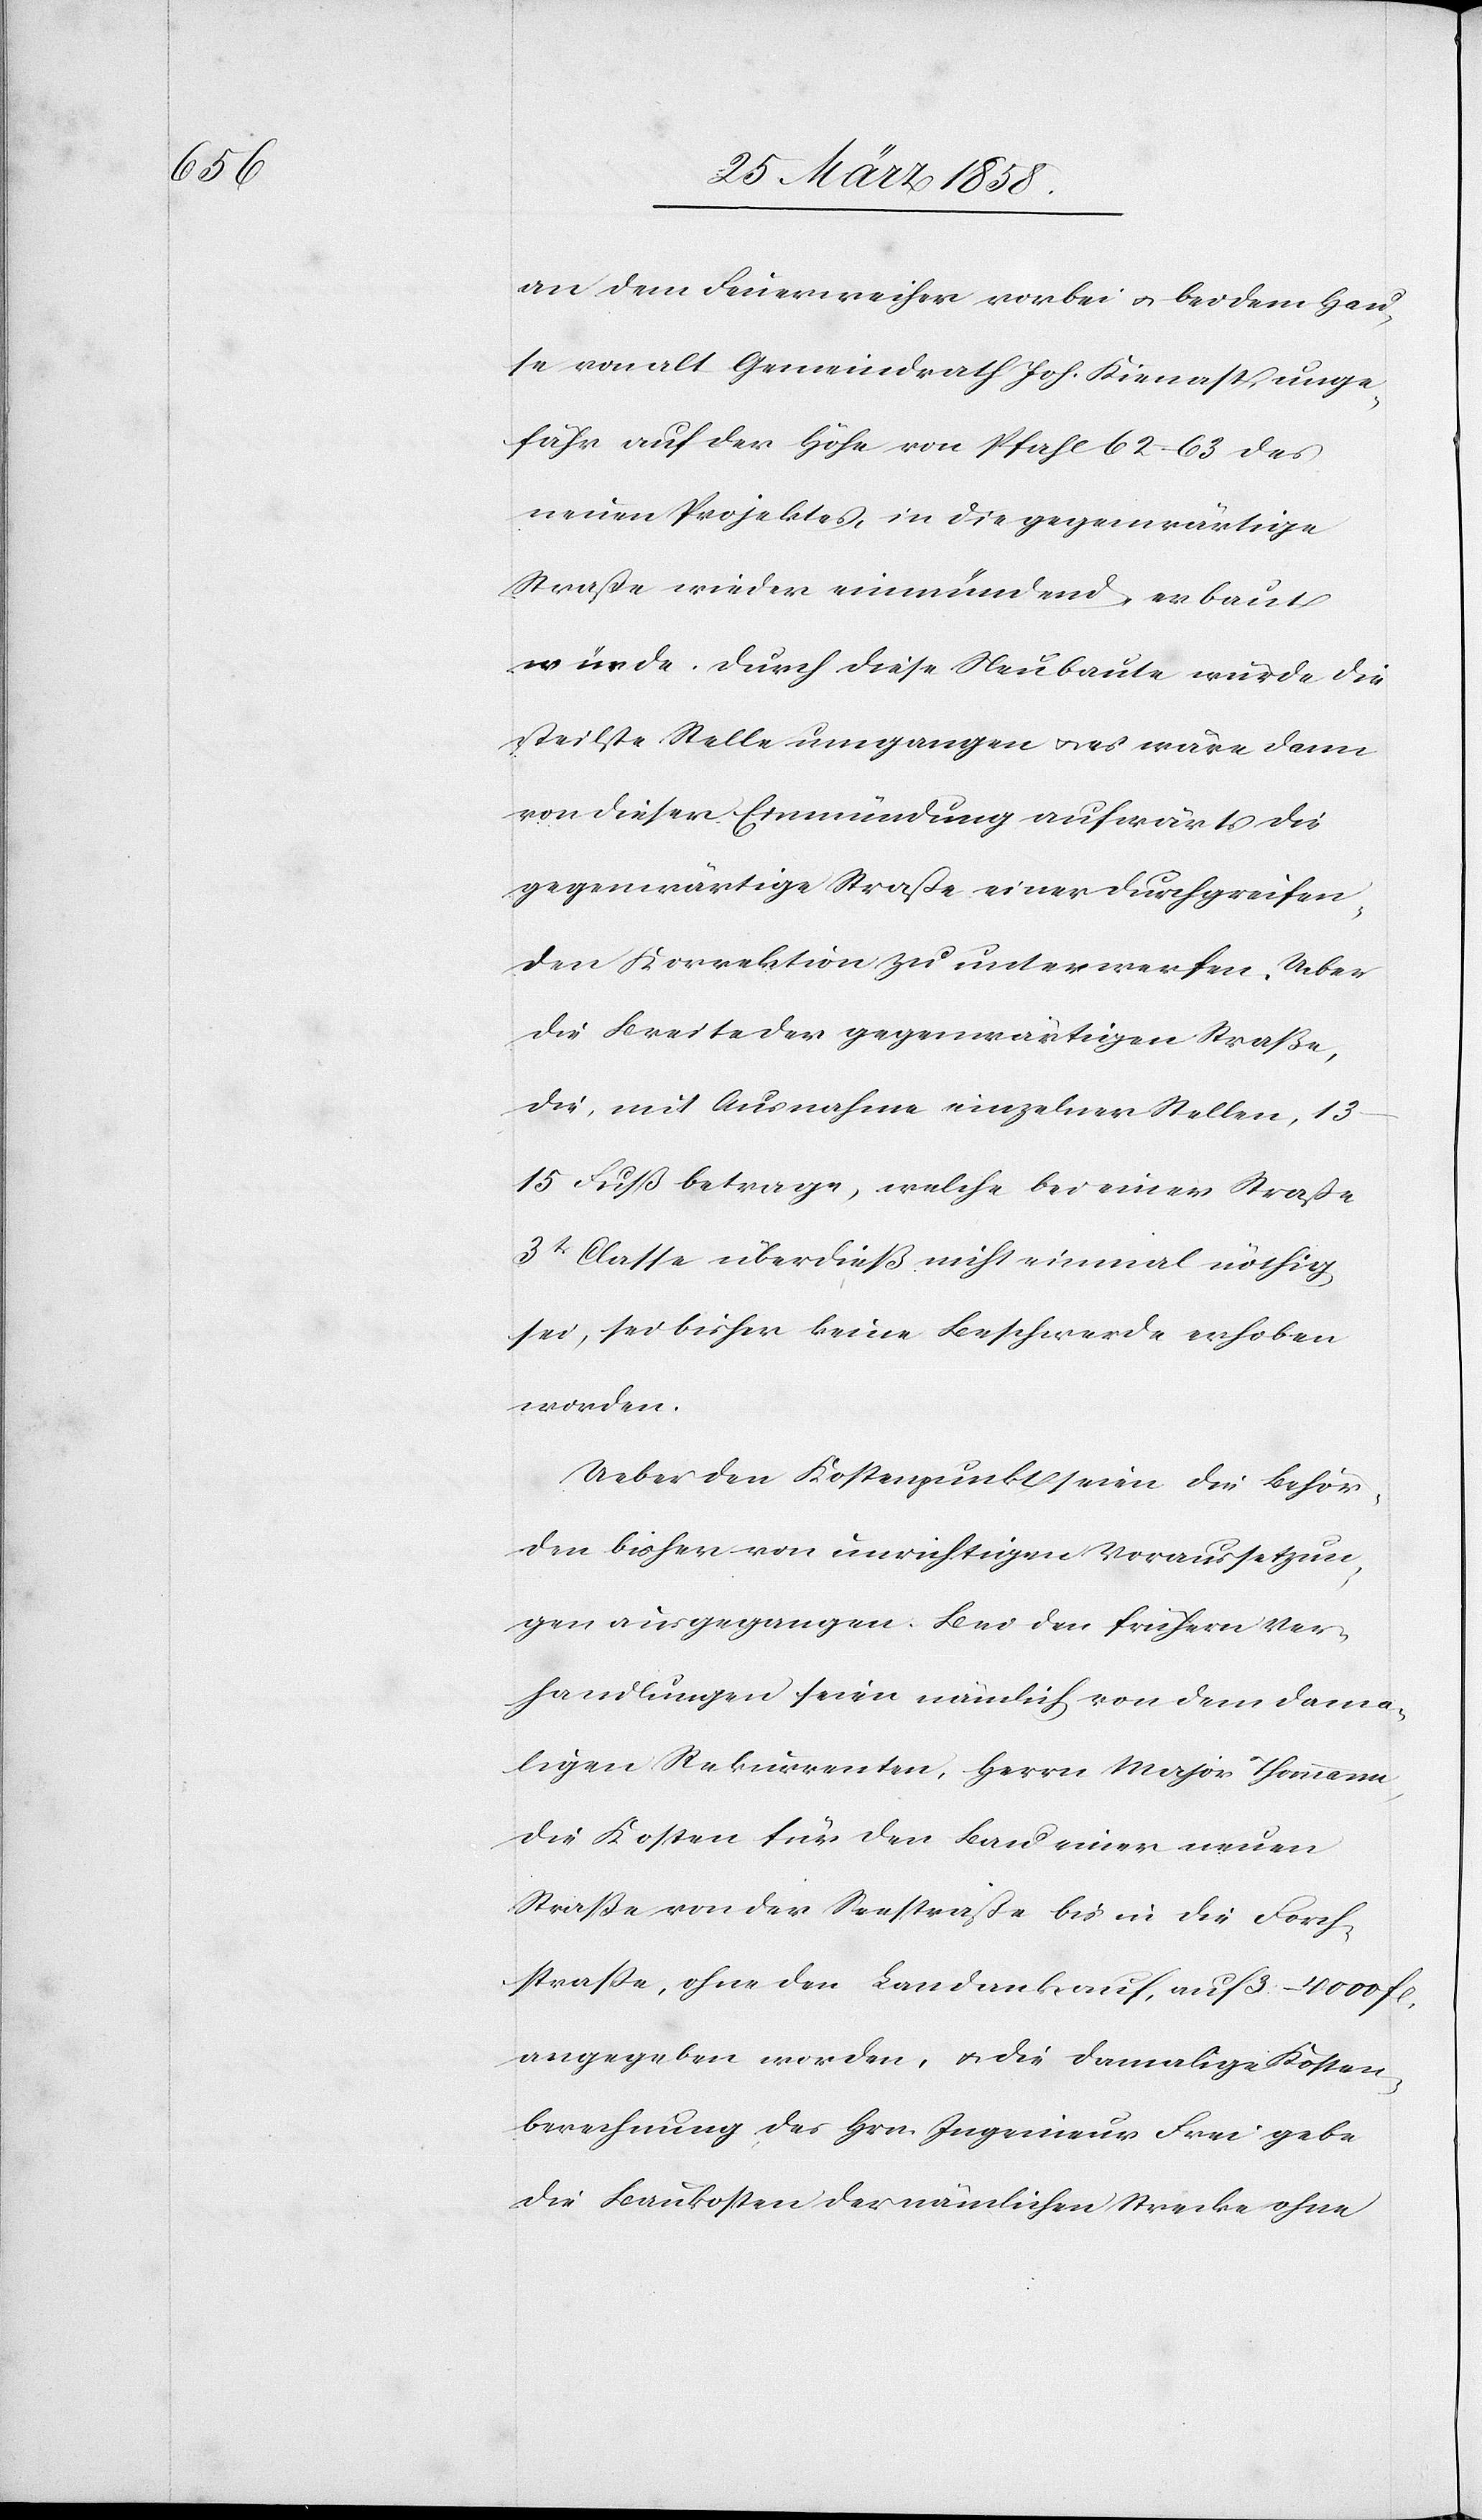
an dem Feuerweiher vorbei u. bei dem Hau¬
se von alt Gemeindrath Joh. Kienast, unge¬
fähr auf der Höhe von Pfahl 62–63 des
neuen Projektes, in die gegenwärtige
Straße wieder einmündend, erbaut
wurde. Durch diese Neubaute wurde die
steilste Stelle umgangen u. es wäre dann
von dieser Einmündung aufwärts die
gegenwärtige Straße einer durchgreifen¬
den Korrektion zu unterwerfen. Ueber
die Breite der gegenwärtigen Straße,
die, mit Ausnahme einzelner Stellen,
13–15 Fuß betrage, welche bei einer Straße
3t Classe überdieß nicht einmal nöthig
sei, sei bisher keine Beschwerde erhoben
worden.
Ueber den Kostenpunkt seien die Behör¬
den bisher von unrichtigen Voraussetzun¬
gen ausgegangen. Bei den frühern Ver¬
handlungen seien nämlich von dem dama¬
ligen Rekurrenten, Herrn Major Thomann,
die Kosten für den Bau einer neuen
Straße von der Seestraße bis in die Forch¬
straße, ohne den Landankauf, auf 3–4000 fl.
angegeben worden, u. die damalige Kosten¬
berechnung des Hrn. Ingenieur Frei gebe
die Baukosten der nämlichen Strecke ohne